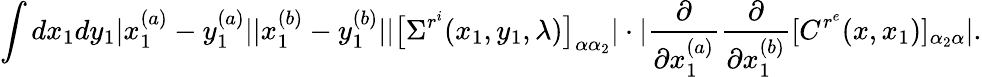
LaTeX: \int dx_{1}dy_{1}|x_{1}^{(a)}-y_{1}^{(a)}||x_{1}^{(b)}-y_{1}^{(b)}||\big[\Sigma^{r^{i}}(x_{1},y_{1},\lambda)\big]_{\alpha\alpha_{2}}|\cdot|\frac{\partial}{\partial{x_{1}^{(a)}}}\frac{\partial}{\partial{x_{1}^{(b)}}}[C^{r^{e}}(x,x_{1})]_{\alpha_{2}\alpha}|.